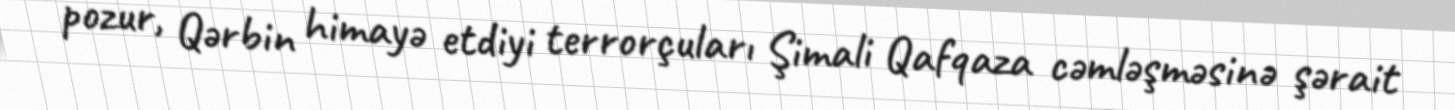
pozur, Qərbin himayə etdiyi terrorçuları Şimali Qafqaza cəmləşməsinə şərait